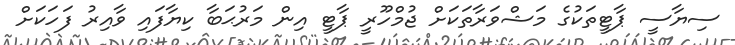
ސިޔާސީ ޕާޓީތަކުގެ މަޝްވަރާތަކަަށް ޖުމްހޫރީ ޕާޓީ އިން މަރުޙަބާ ކިޔާފައި ވާއިރު ފަހަކަށް